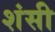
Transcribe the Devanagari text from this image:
शंसी